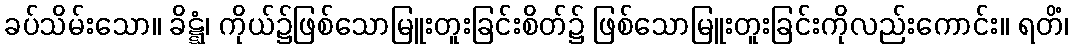
ခပ်သိမ်းသော။ ခိဋ္ဋံ၊ ကိုယ်၌ဖြစ်သောမြူးတူးခြင်းစိတ်၌ ဖြစ်သောမြူးတူးခြင်းကိုလည်းကောင်း။ ရတိံ၊